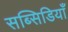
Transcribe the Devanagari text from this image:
सब्सिडियाँ